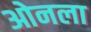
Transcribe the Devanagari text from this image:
ओनला